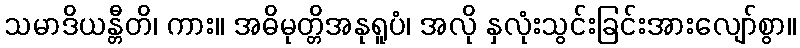
သမာဒိယန္တီတိ၊ ကား။ အဓိမုတ္တိအနုရူပံ၊ အလို နှလုံးသွင်းခြင်းအားလျော်စွာ။